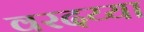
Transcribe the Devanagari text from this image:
वरदय्या